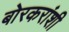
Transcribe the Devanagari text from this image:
बोरकरांशी